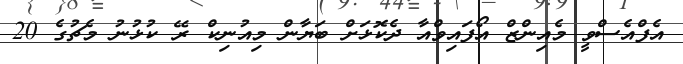
އެފްއެސްވީ މެއިންޒް އޯފައިވްއާ ދެކޮޅަށް ބަޔާން މިއުނިކް ރޭ ކުޅުނު މެޗުގެ 20